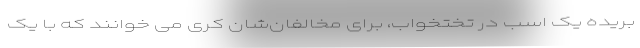
بریده یک اسب در تختخواب، برای مخالفان‌شان کُری می‌ خوانند که با یک